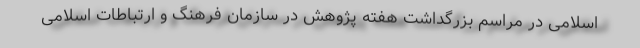
اسلامی در مراسم بزرگداشت هفته پژوهش در سازمان فرهنگ و ارتباطات اسلامی